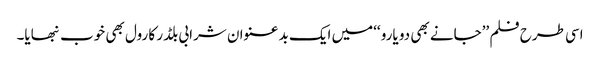
اسی طرح فلم ’’جانے بھی دو یارو ‘‘میں ایک بد عنوان شرابی بلڈر کا رول بھی خوب نبھایا۔